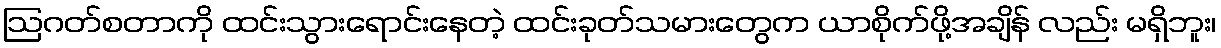
ဩဂတ်စတာကို ထင်းသွားရောင်းနေတဲ့ ထင်းခုတ်သမားတွေက ယာစိုက်ဖို့အချိန် လည်း မရှိဘူး၊